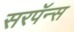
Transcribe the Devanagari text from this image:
सरपॅन्स